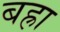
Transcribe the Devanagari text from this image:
बह्रा